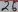
Text: 26